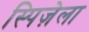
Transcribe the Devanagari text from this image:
स्पिज़ेला